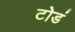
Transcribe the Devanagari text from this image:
टोडं